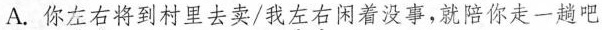
A.你左右将到村里去卖/我左右闲着没事，就陪你走一趟吧